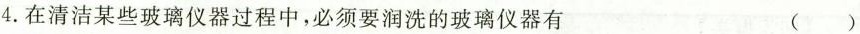
4.在清洁某些玻璃仪器过程中，必须要润洗的玻璃仪器有 ()